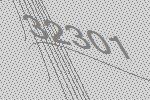
32301